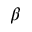
\beta